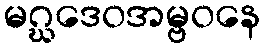
မဂ္ဃဒေဝအမ္ဗဝနေ